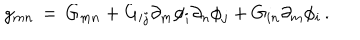
LaTeX: g _ { m n } \, = \, G _ { m n } + G _ { i j } \partial _ { m } \phi _ { i } \partial _ { n } \phi _ { j } + G _ { i n } \partial _ { m } \phi _ { i } \, .